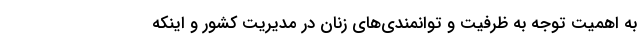
به اهمیت توجه به ظرفیت و توانمندی‌های زنان در مدیریت کشور و اینکه